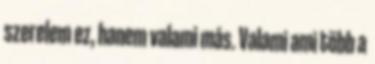
szerelem ez, hanem valami más. Valami ami több a